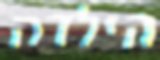
הילדה